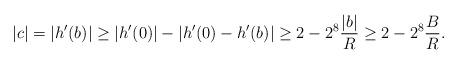
LaTeX: \begin{align*}|c|=|h'(b)|\geq|h'(0)|-|h'(0)-h'(b)| \geq 2-2^{8}\frac{|b|}{R}\geq 2-2^{8}\frac B R.\end{align*}